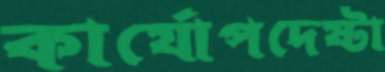
কার্যোপদেষ্টা